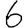
Digit: 6